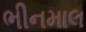
ભીનમાલ